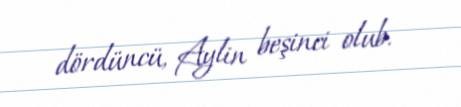
dördüncü, Aylin beşinci olub.